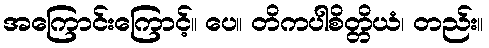
အကြောင်းကြောင့်။ ပေ။ တိကပါစိတ္တိယံ၊ တည်း။